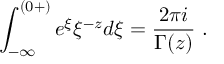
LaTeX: \int _ { - \infty } ^ { ( 0 + ) } e ^ { \xi } \xi ^ { - z } d \xi = \frac { 2 \pi i } { \Gamma ( z ) } ~ .